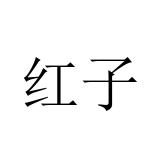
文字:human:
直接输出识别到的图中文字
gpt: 红子